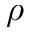
\rho